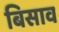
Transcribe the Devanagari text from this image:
बिसाव